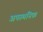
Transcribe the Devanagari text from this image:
अपस्थनिक